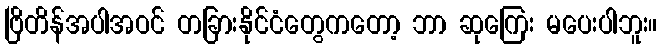
ဗြိတိန်အပါအဝင် တခြားနိုင်ငံတွေကတော့ ဘာ ဆုကြေး မပေးပါဘူး။